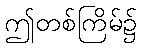
ဤတစ်ကြိမ်၌